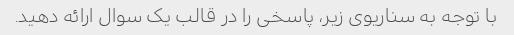
با توجه به سناریوی زیر، پاسخی را در قالب یک سوال ارائه دهید.